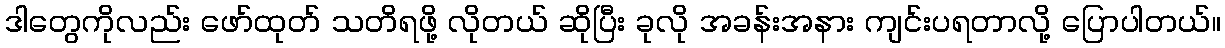
ဒါတွေကိုလည်း ဖော်ထုတ် သတိရဖို့ လိုတယ် ဆိုပြီး ခုလို အခန်းအနား ကျင်းပရတာလို့ ပြောပါတယ်။